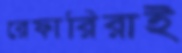
রেফারিরাই